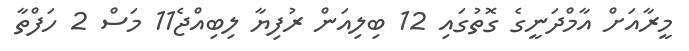
މީރާއަށް އާމްދަނީގެ ގޮތުގައި 12 ބިލިއަން ރުފިޔާ ލިބިއްޖެ11 މަސް 2 ހަފްތާ